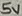
Text: 5V